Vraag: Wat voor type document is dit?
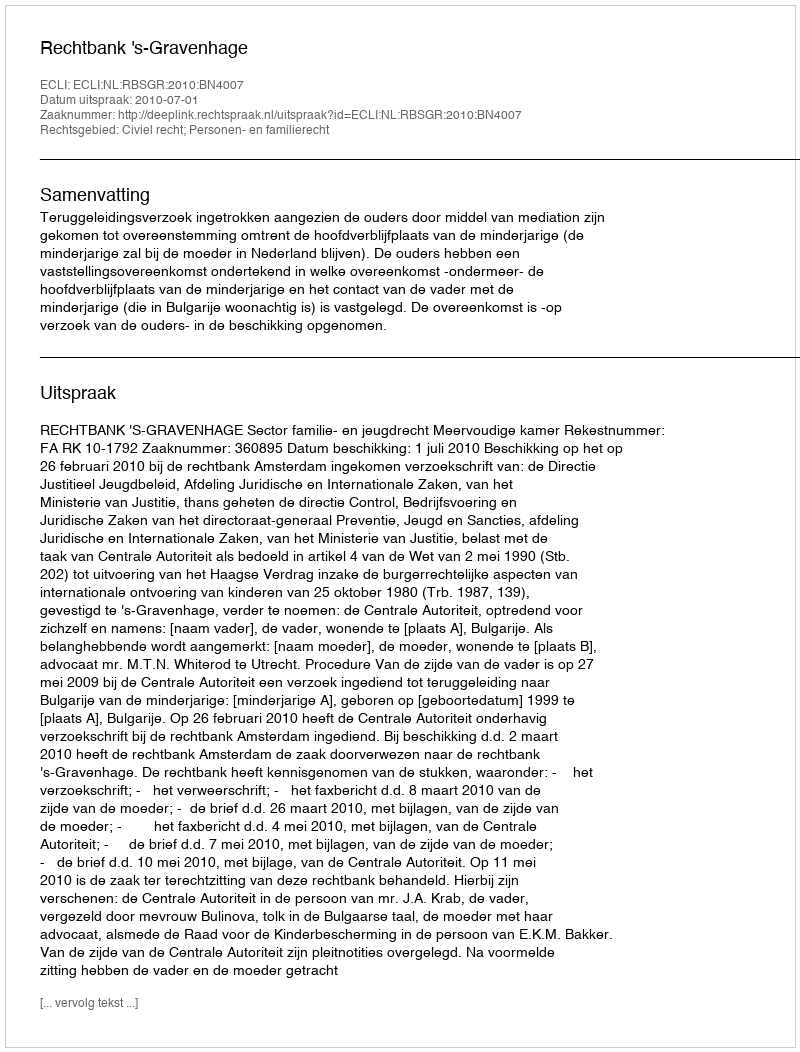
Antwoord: Uitspraak